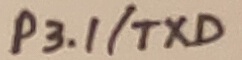
Text: P3.1/TXD